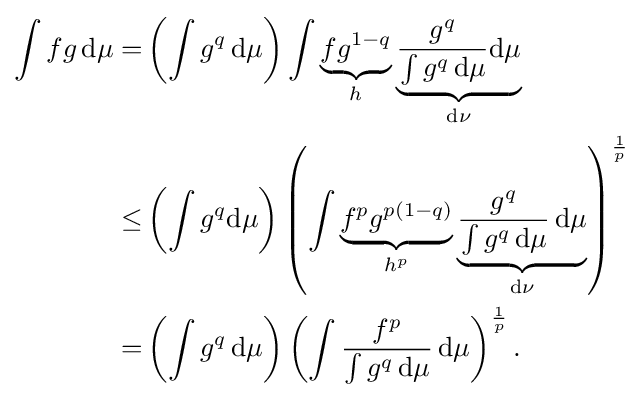
{\begin{aligned}\int fg\,\mathrm {d} \mu =&\left(\int g^{q}\,\mathrm {d} \mu \right)\int \underbrace {fg^{1-q}} _{h}\underbrace {{\frac {g^{q}}{\int g^{q}\,\mathrm {d} \mu }}\mathrm {d} \mu } _{\mathrm {d} \nu }\\\leq &\left(\int g^{q}\mathrm {d} \mu \right)\left(\int \underbrace {f^{p}g^{p(1-q)}} _{h^{p}}\underbrace {{\frac {g^{q}}{\int g^{q}\,\mathrm {d} \mu }}\,\mathrm {d} \mu } _{\mathrm {d} \nu }\right)^{\frac {1}{p}}\\=&\left(\int g^{q}\,\mathrm {d} \mu \right)\left(\int {\frac {f^{p}}{\int g^{q}\,\mathrm {d} \mu }}\,\mathrm {d} \mu \right)^{\frac {1}{p}}.\end{aligned}}